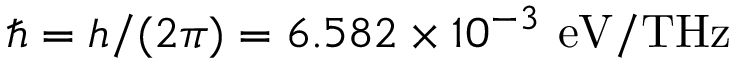
\hbar = h / ( 2 \pi ) = 6 . 5 8 2 \times 1 0 ^ { - 3 } ~ \mathrm { e V / T H z }